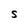
Character: S